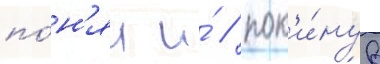
по́н'ял и́ / пок'и́нув